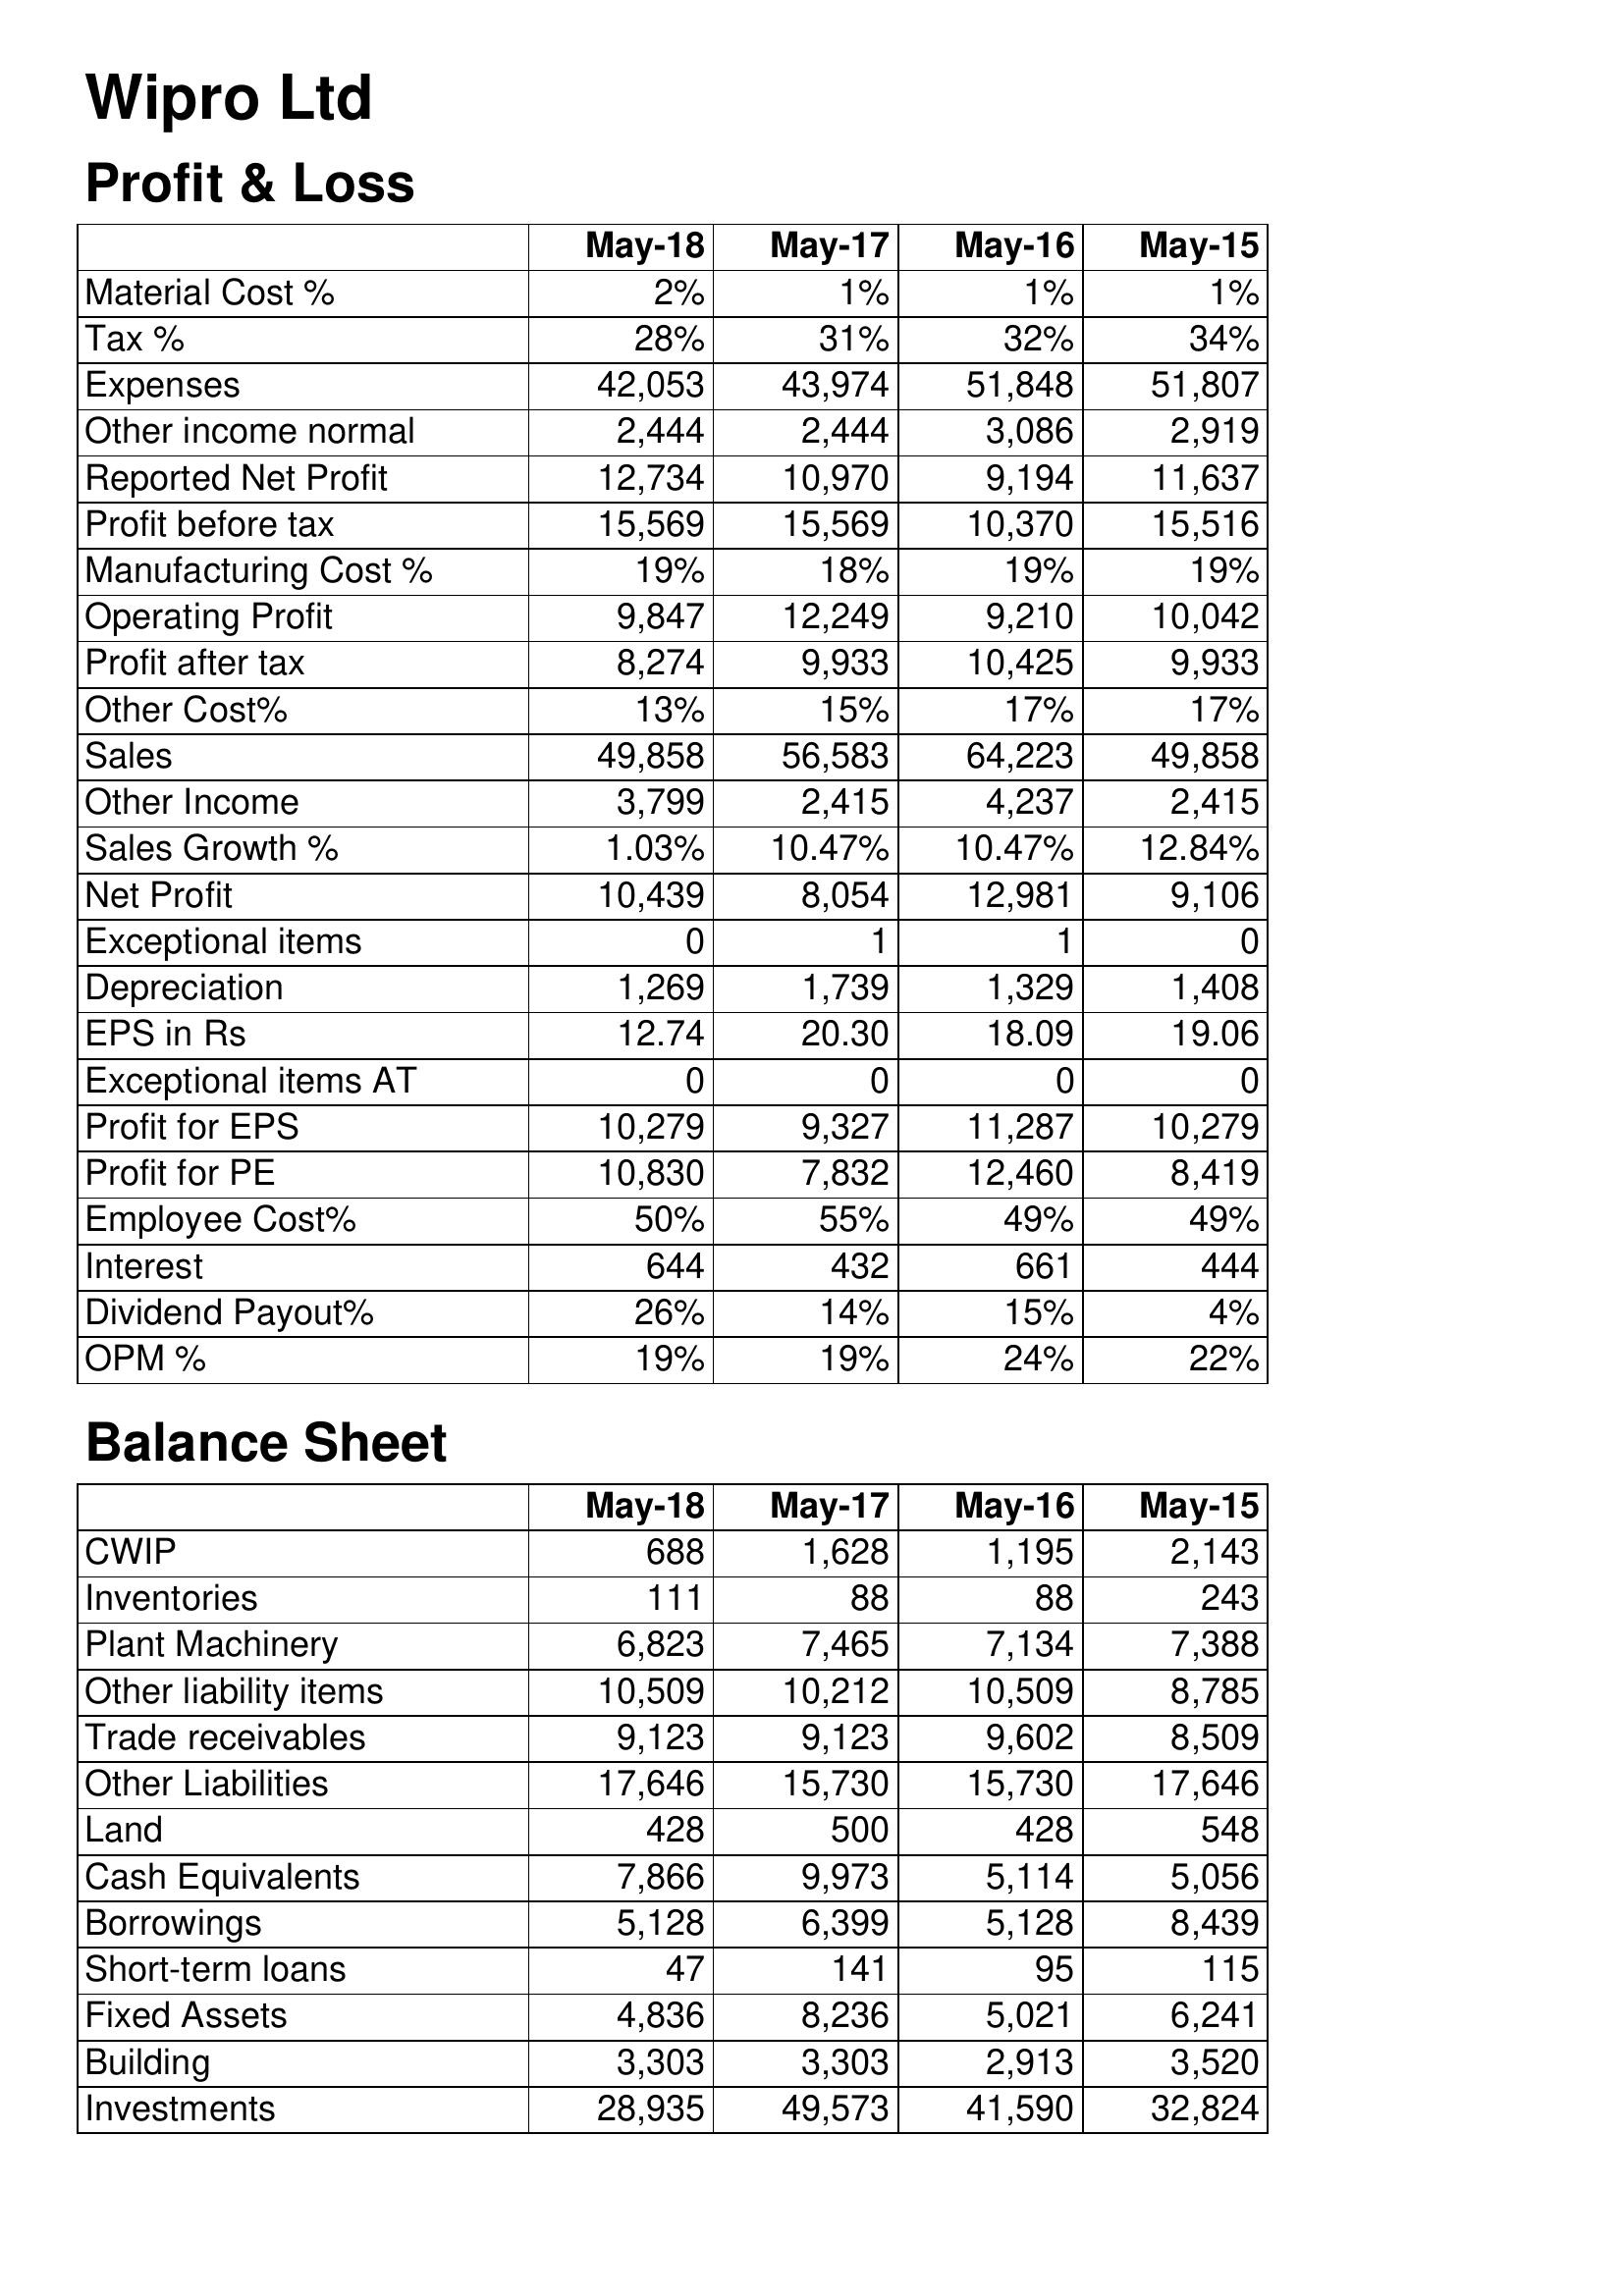
May-18: Profit & Loss: Material Cost %: 2%
Tax %: 28%
Expenses: 42,053
Other income normal: 2,444
Reported Net Profit: 12,734
Profit before tax: 15,569
Manufacturing Cost %: 19%
Operating Profit: 9,847
Profit after tax: 8,274
Other Cost%: 13%
Sales: 49,858
Other Income: 3,799
Sales Growth %: 1.03%
Net Profit: 10,439
Exceptional items: 0
Depreciation: 1,269
EPS in Rs: 12.74
Exceptional items AT: 0
Profit for EPS: 10,279
Profit for PE: 10,830
Employee Cost%: 50%
Interest: 644
Dividend Payout%: 26%
OPM %: 19%
Balance Sheet: CWIP: 688
Inventories: 111
Plant Machinery: 6,823
Other liability items: 10,509
Trade receivables: 9,123
Other Liabilities: 17,646
Land: 428
Cash Equivalents: 7,866
Borrowings: 5,128
Short-term loans: 47
Fixed Assets: 4,836
Building: 3,303
Investments: 28,935
May-17: Profit & Loss: Material Cost %: 1%
Tax %: 31%
Expenses: 43,974
Other income normal: 2,444
Reported Net Profit: 10,970
Profit before tax: 15,569
Manufacturing Cost %: 18%
Operating Profit: 12,249
Profit after tax: 9,933
Other Cost%: 15%
Sales: 56,583
Other Income: 2,415
Sales Growth %: 10.47%
Net Profit: 8,054
Exceptional items: 1
Depreciation: 1,739
EPS in Rs: 20.30
Exceptional items AT: 0
Profit for EPS: 9,327
Profit for PE: 7,832
Employee Cost%: 55%
Interest: 432
Dividend Payout%: 14%
OPM %: 19%
Balance Sheet: CWIP: 1,628
Inventories: 88
Plant Machinery: 7,465
Other liability items: 10,212
Trade receivables: 9,123
Other Liabilities: 15,730
Land: 500
Cash Equivalents: 9,973
Borrowings: 6,399
Short-term loans: 141
Fixed Assets: 8,236
Building: 3,303
Investments: 49,573
May-16: Profit & Loss: Material Cost %: 1%
Tax %: 32%
Expenses: 51,848
Other income normal: 3,086
Reported Net Profit: 9,194
Profit before tax: 10,370
Manufacturing Cost %: 19%
Operating Profit: 9,210
Profit after tax: 10,425
Other Cost%: 17%
Sales: 64,223
Other Income: 4,237
Sales Growth %: 10.47%
Net Profit: 12,981
Exceptional items: 1
Depreciation: 1,329
EPS in Rs: 18.09
Exceptional items AT: 0
Profit for EPS: 11,287
Profit for PE: 12,460
Employee Cost%: 49%
Interest: 661
Dividend Payout%: 15%
OPM %: 24%
Balance Sheet: CWIP: 1,195
Inventories: 88
Plant Machinery: 7,134
Other liability items: 10,509
Trade receivables: 9,602
Other Liabilities: 15,730
Land: 428
Cash Equivalents: 5,114
Borrowings: 5,128
Short-term loans: 95
Fixed Assets: 5,021
Building: 2,913
Investments: 41,590
May-15: Profit & Loss: Material Cost %: 1%
Tax %: 34%
Expenses: 51,807
Other income normal: 2,919
Reported Net Profit: 11,637
Profit before tax: 15,516
Manufacturing Cost %: 19%
Operating Profit: 10,042
Profit after tax: 9,933
Other Cost%: 17%
Sales: 49,858
Other Income: 2,415
Sales Growth %: 12.84%
Net Profit: 9,106
Exceptional items: 0
Depreciation: 1,408
EPS in Rs: 19.06
Exceptional items AT: 0
Profit for EPS: 10,279
Profit for PE: 8,419
Employee Cost%: 49%
Interest: 444
Dividend Payout%: 4%
OPM %: 22%
Balance Sheet: CWIP: 2,143
Inventories: 243
Plant Machinery: 7,388
Other liability items: 8,785
Trade receivables: 8,509
Other Liabilities: 17,646
Land: 548
Cash Equivalents: 5,056
Borrowings: 8,439
Short-term loans: 115
Fixed Assets: 6,241
Building: 3,520
Investments: 32,824